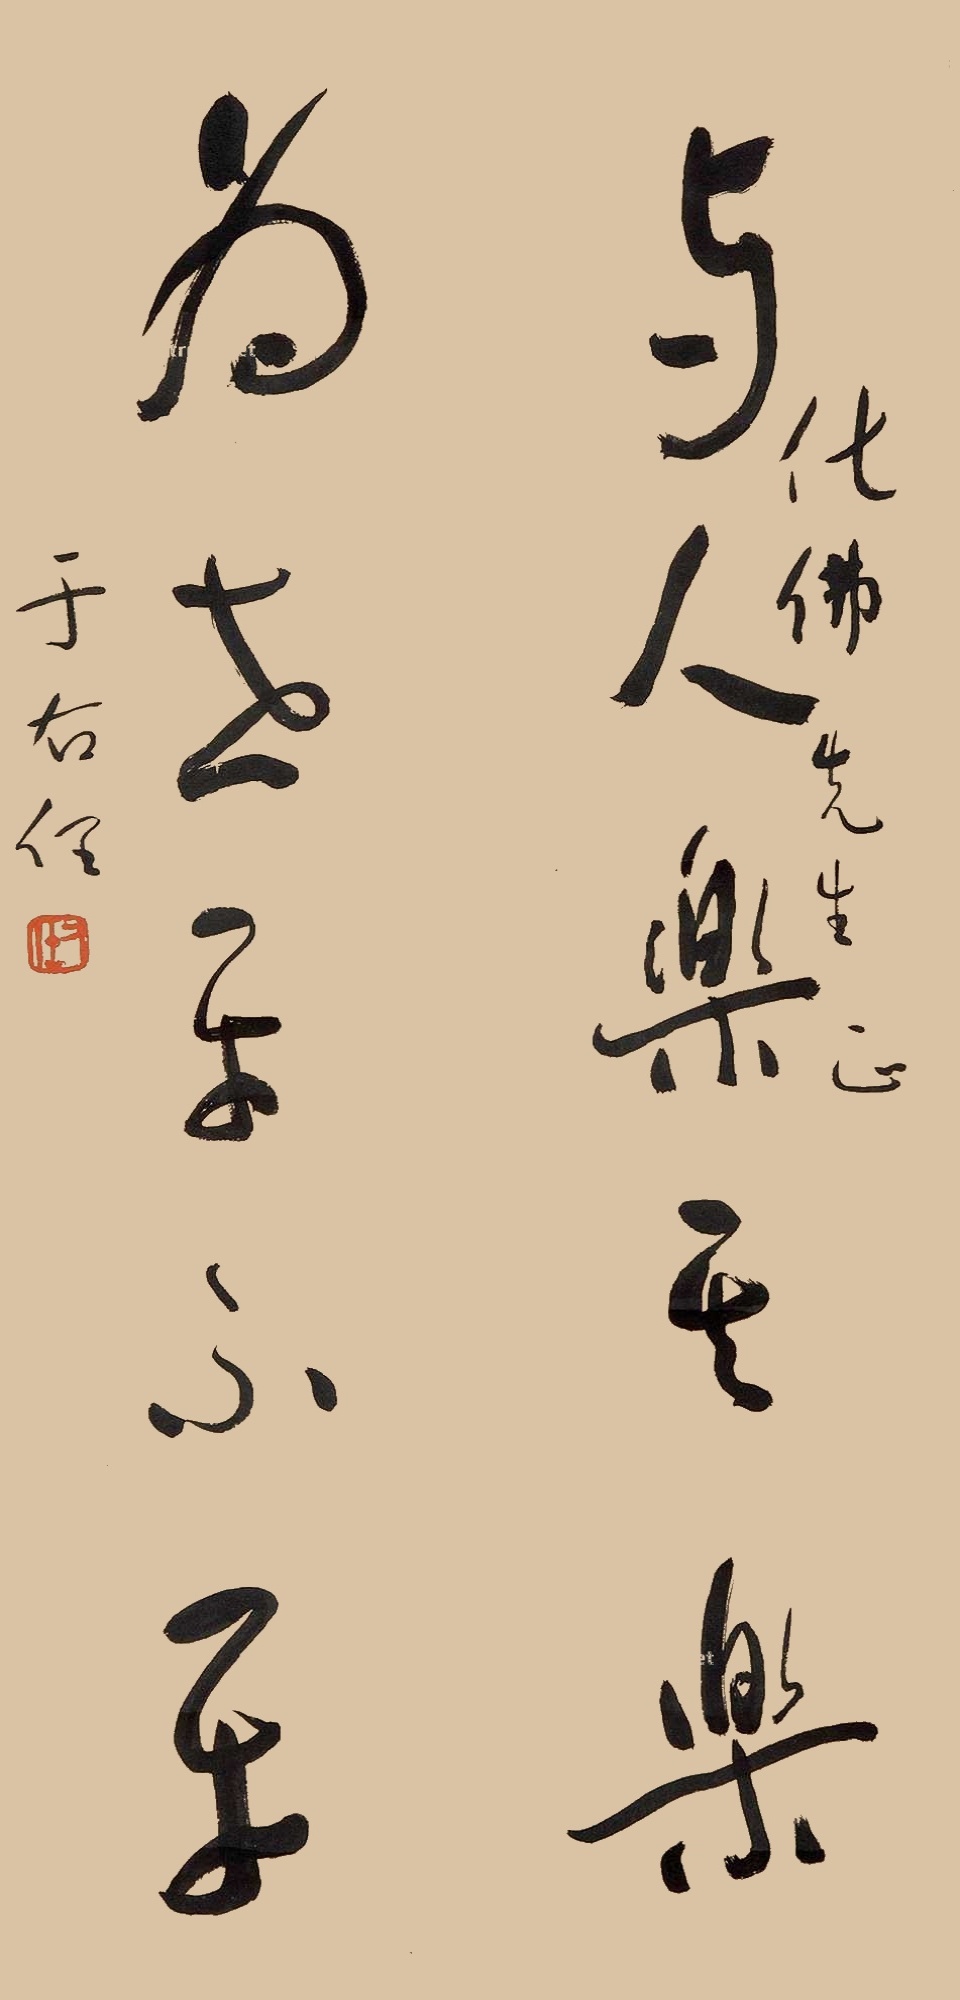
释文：与人乐其乐，为世平不平。化佛先生正，于右任。